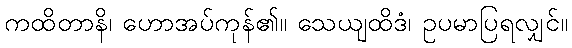
ကထိတာနိ၊ ဟောအပ်ကုန်၏။ သေယျထိဒံ၊ ဥပမာပြရလျှင်။